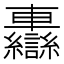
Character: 𨏷